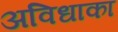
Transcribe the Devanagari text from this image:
अविधाका